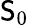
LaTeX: \mathsf{S}_{0}